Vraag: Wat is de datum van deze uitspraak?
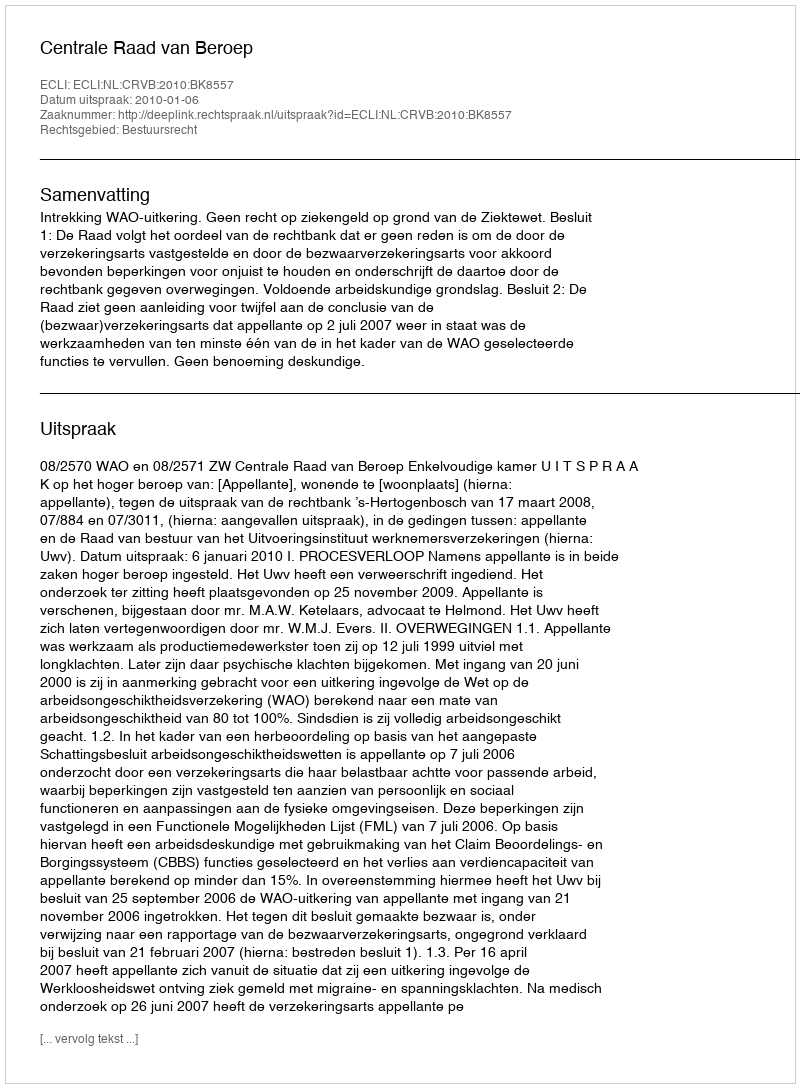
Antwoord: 2010-01-06